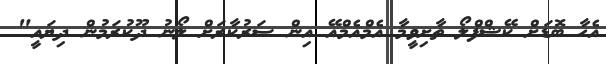
އެހާ ބޮޑަށް ކޭޝްފްލޯ ތާށިވީމާ އެމްއެމްއޭ އިން ސަރުކާރަށް ލޯނު ދޫކުރަމުން ދިޔައީ"